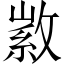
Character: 𢾰